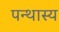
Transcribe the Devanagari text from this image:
पन्थास्य